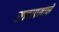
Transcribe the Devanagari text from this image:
सत्त्वाप्रमाणे